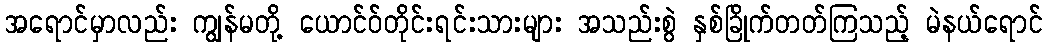
အရောင်မှာလည်း ကျွန်မတို့ ယောင်ဝ်တိုင်းရင်းသားများ အသည်းစွဲ နှစ်ခြိုက်တတ်ကြသည့် မဲနယ်ရောင်